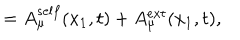
LaTeX: = A _ { \mu } ^ { s e l f } ( x _ { 1 } , t ) + A _ { \mu } ^ { e x t } ( x _ { 1 } , t ) ,